NAE_EAA_P-1039_Kommunismi_Majak_kalurikolhoos, lk 10
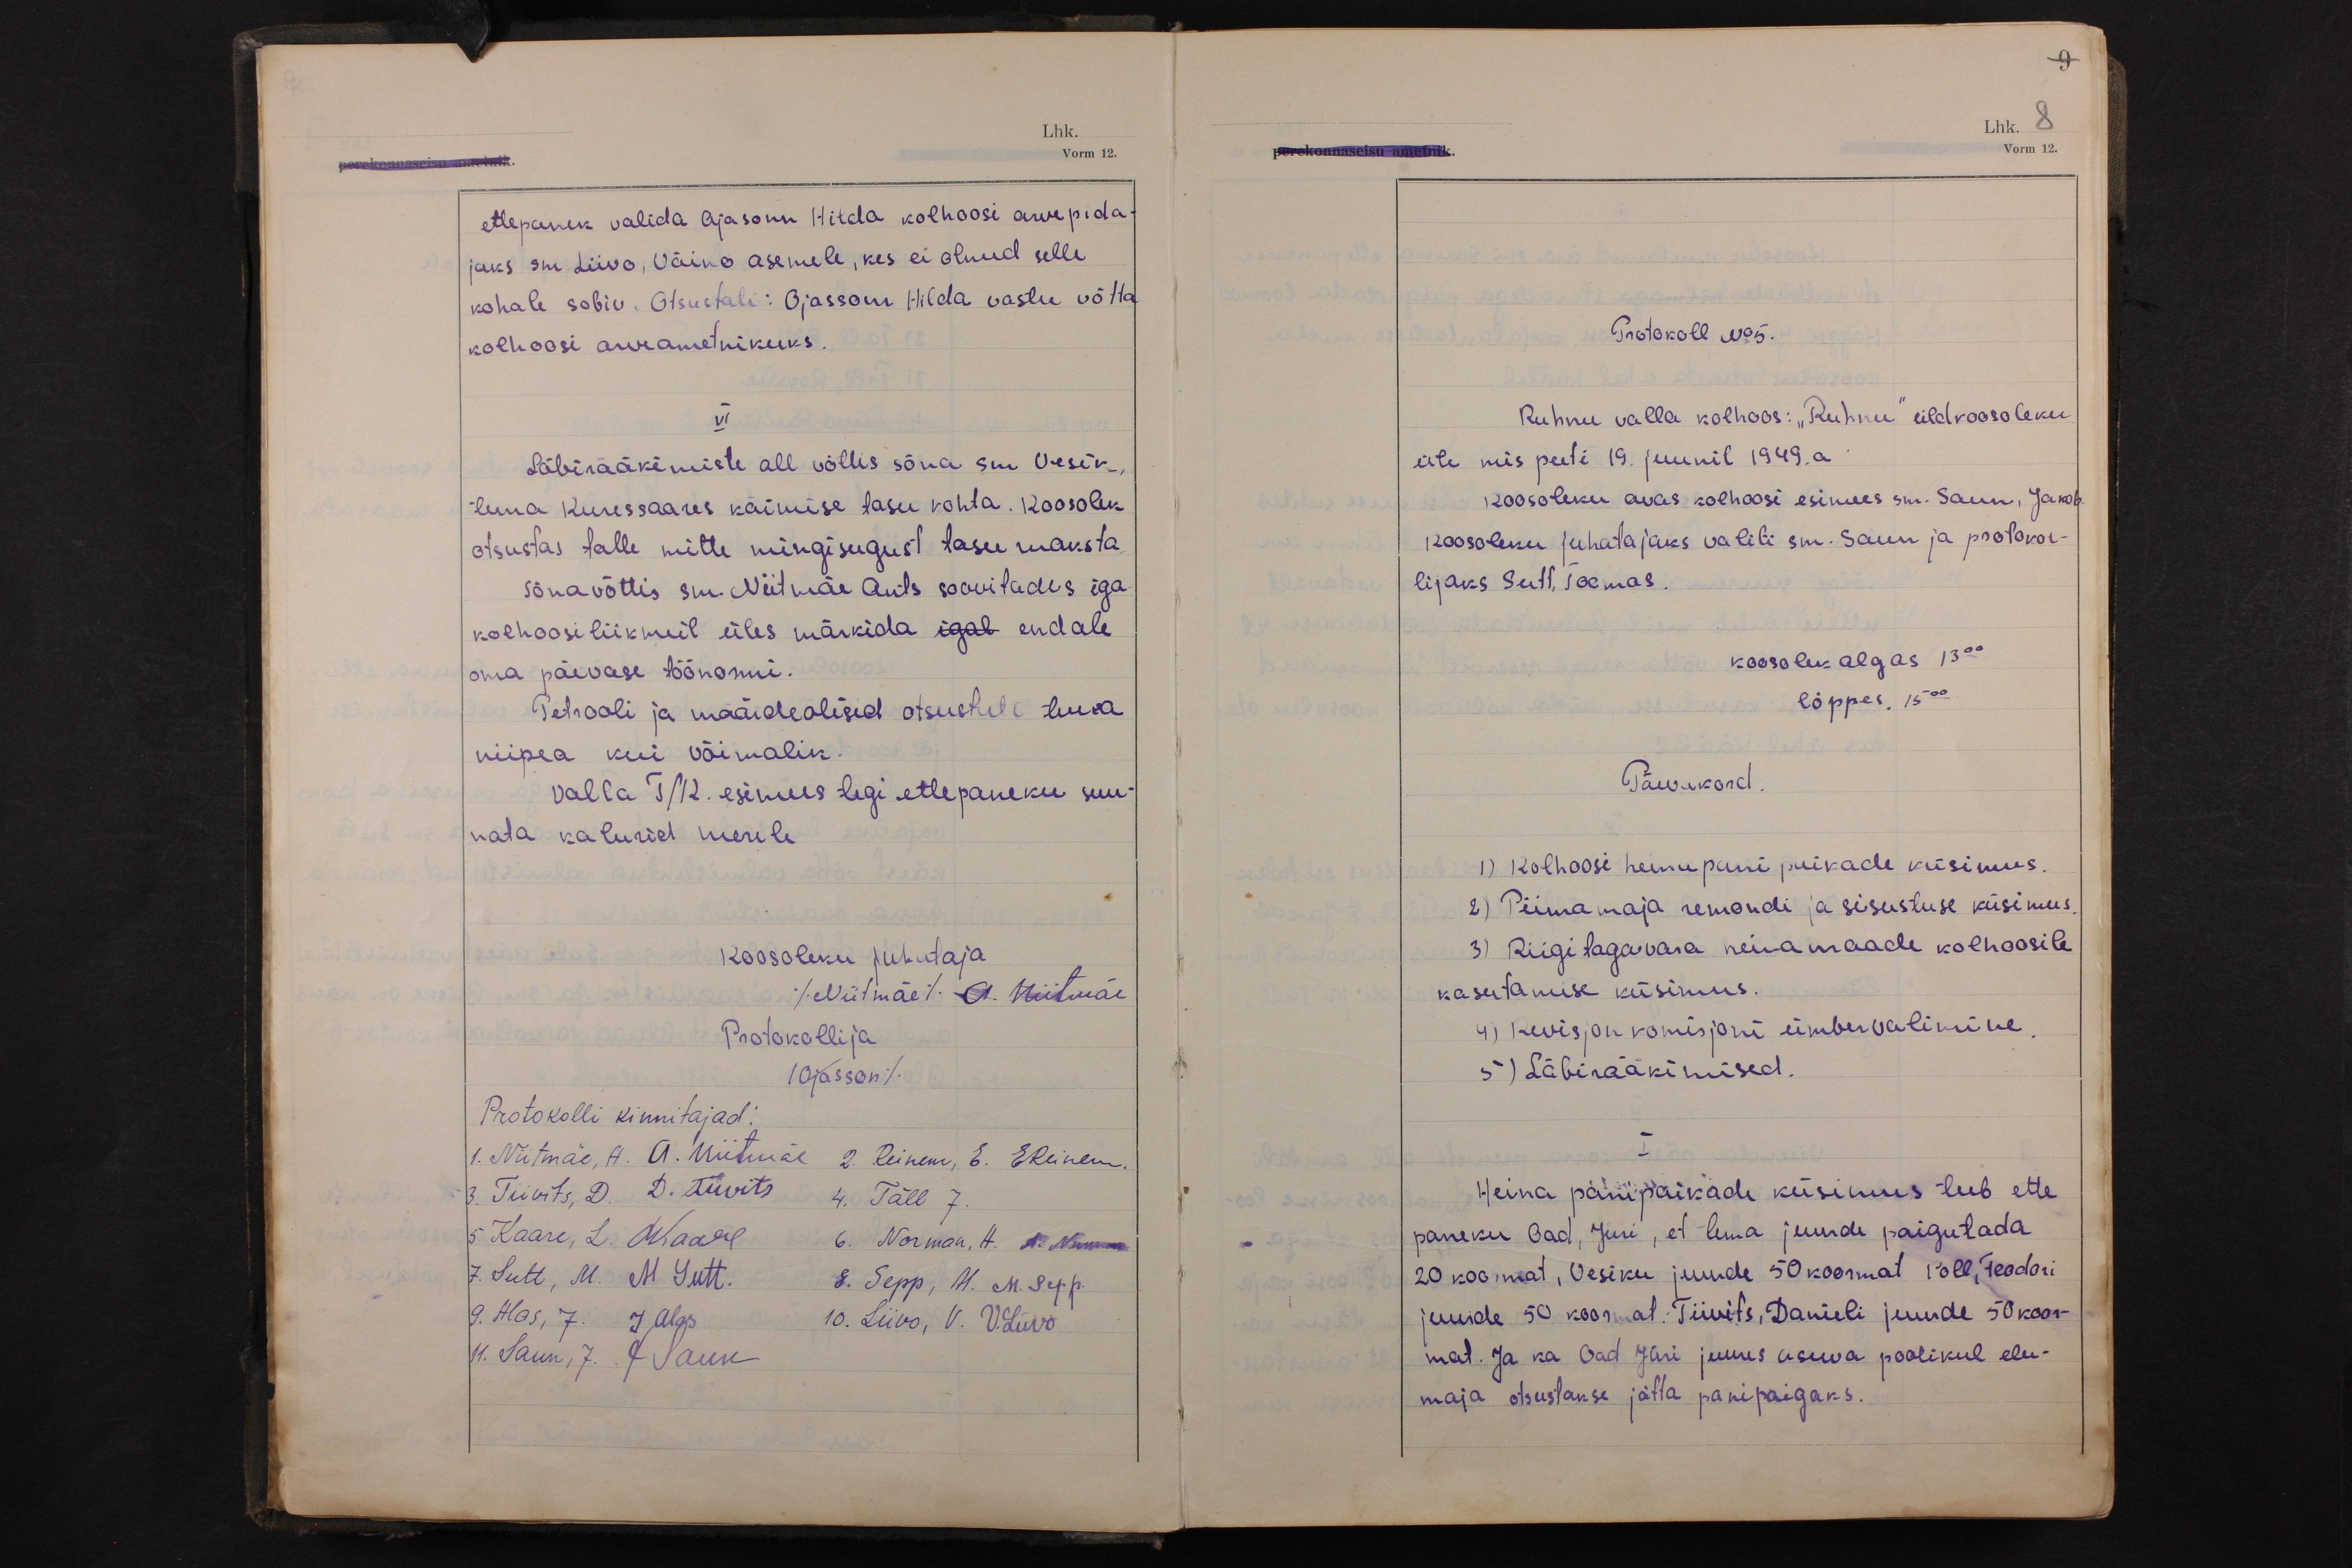
9
Lhk. 8
Vorm 12.

ettepanek valida Ojasonn Hilda kolhoosi arvepida-
jaks sm Liivo, Väino asemele, kes ei olnud selle
kohale sobiv. Otsustati: Ojassonn Hilda vastu võtta
kolhoosi arveametnikuks.
VI
Läbirääkimiste all võttis sõna sm Vesik,
tema Kuressaares käimise tasu kohta. Koosolek
otsustas talle mitte mingisugust tasu maksta.
Sõna võttis sm. Niitmäe Ants soovitades iga
kolhoosiliikmeil üles märkida igal endale
oma päevase töönormi.
Petrooli ja määrdeõlisid otsustati tuua
niipea kui võimalik.
Valla T/K esimees tegi ettepaneku suu-
nata kalurid merele
Koosoleku juhataja
(Niitmäe) A. Niitmäe
Protokollija
(Ojasson)
Protokolli kinnitajad:
1. Niitmäe, A. A. Niitmäe 2. Reinem, E. EReinem.
3. Tiivits, D. D. Tiivits 4. Täll J.
5. Kaare, L. LKaare 6. Norman, A. A. Norman
7. Sutt, M. M Sutt. 8. Sepp, M. M. Sepp.
9. Alas, J. J Alas 10. Liivo, V. V. Liivo
11. Saun, J. J Saun

Protokoll No 5.
Ruhnu valla kolhoos: "Ruhnu" üldkoosoleku
üle mis peeti 19. juunil 1949.a
Koosoleku avas kolhoosi esimees sm. Saun, Jakob.
Koosoleku juhatajaks valiti sm. Saun ja protokol-
lijaks Sutt, Toomas.
koosolek algas 13 00
lõppes. 15 00
Päevakord.
1) Kolhoosi heinapanipaikade küsimus.
2) Piimamaja remondi ja sisustuse küsimus.
3) Riigitagavara heinamaade kolhoosile
kasutamise küsimus.
4) Revisjon komisjoni ümbervalimine.
5) Läbirääkimised.
I
Heina panipaikade küsimus teeb ette
paneku Oad, Jüri, et tema juurde paigutada
20 koormat, Vesiku juurde 50 koormat Poll, Feodori
juurde 50 koormat. Tiivits, Danieli juurde 50 koor-
mat. Ja ka Oad Jüri juures asuva poolikul elu-
maja otsustakse jätta panipaigaks.